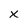
Character: x